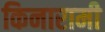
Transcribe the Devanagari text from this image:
किनारामी